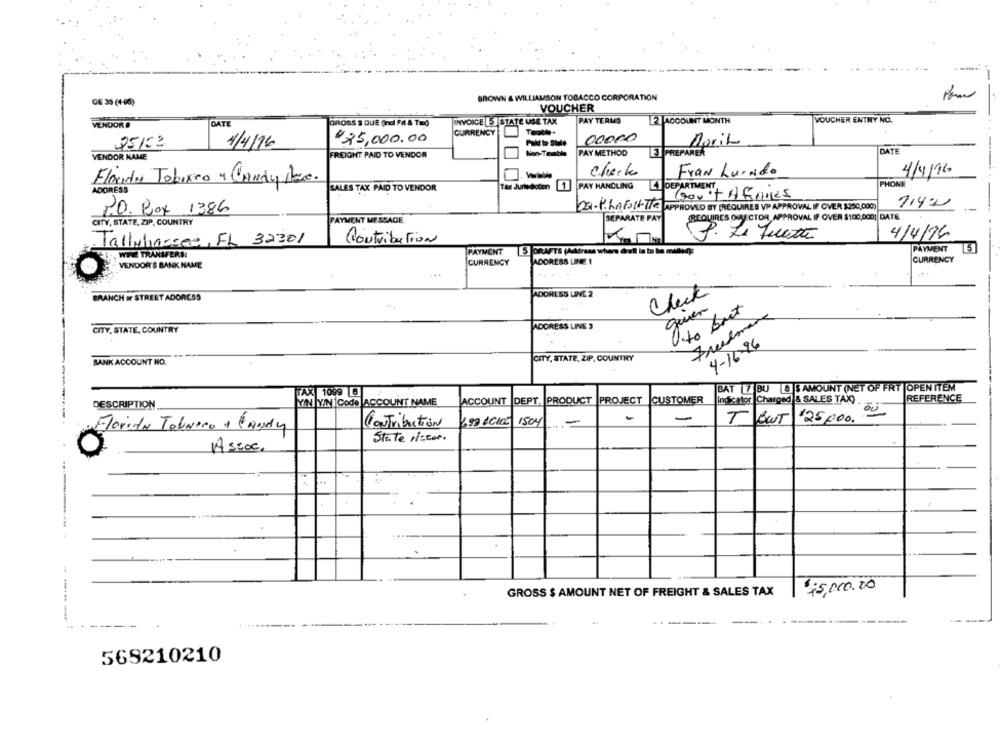
BROWN & WILLIAMSON TOBACCO CORPORATION
GE 35 (4-06)
VOUCHER
INVOICE 5 STATE USE TAX
PAY TERUS
2 ACCOUNT MONTH
VOUCHER ENTRY NO.
VENDOR #
DATE
GROSS S QUE (Indi FI & TEO
CURRENCY
€25,000.00
00000
25/53
1/4/16
Maria
DATI
VENDOR NAME
FREIGHT PAID TO VENDOR
PAY METHOD
E PREPAREK
check
Fran LuiNdo
4/4/16
Florida Tobixeo 4 Candy Pec.
Tax Juredcoon
PAY HANDLING
LI DEPARTMENT
PHONE
ADDRESS
SALES TAX PAID TO VENDOR
714:2
P.O. Box 1386
DQ-PLAFOILTIE APPROVED ITY (REQUIRES VP APPROVAL IF OVER $250,000]
SEPARATE PAY
REQUIRES OURSECTOR APPROVAL IF OVER $100,000| DATE
CITY, STATE, ZIP, COUNTRY
PAYMENT MESSAGE.
Tallahassee, FL 3230/
Contribution
P. Le quette
4/4/16
PAYMENT
15
WWE TRANSFERA
PAYMENT
5 DRAFTS (Address where draft in to be maled):
CURRENCY
ADDRESS LINE 1
CURRENCY
VENDOR'S BANK NAME
...
ADORESS LINE 2
BRANCH or STREET ADORESS
guien
O to boot
Frealmare
CITY, STATE, COUNTRY
ADORESS LINE
4-16-26
CITY, STATE, ZIP, COUNTRY
BANK ACCOUNT NO.
BAT 7 BU 8]$ AMOUNT (NET OF FRT |OPEN ITEM
TAX 1099 6
REFERENCE
DESCRIPTION
YIN Y/N Code ACCOUNT NAME
ACCOUNT |DEPT. PRODUCT PROJECT
CUSTOMER
Indicator Charged & SALES TAX)
-
-
-
TOUT '25,000. 00
Florida TolNico + CANdy
Contribution
897 CCIO 1504
State riccor.
Assoc.
GROSS $ AMOUNT NET OF FREIGHT & SALES TAX
$75,000.00
------
569210210